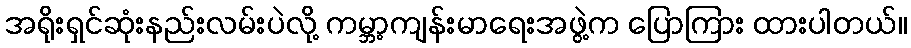
အရိုးရှင်ဆုံးနည်းလမ်းပဲလို့ ကမ္ဘာ့ကျန်းမာရေးအဖွဲ့က ပြောကြား ထားပါတယ်။